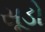
સૂડો